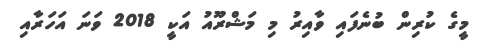
މީގެ ކުރިން ބުނެފައި ވާއިރު މި މަޝްރޫއު އަކީ 2018 ވަނަ އަހަރާއި